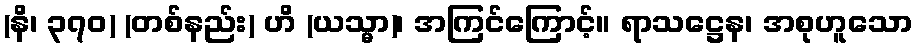
(နိ၊ ၃၇၀) (တစ်နည်း) ဟိ (ယသ္မာ)၊ အကြင်ကြောင့်။ ရာသဋ္ဌေန၊ အစုဟူသော